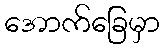
အောက်ခြေမှာ